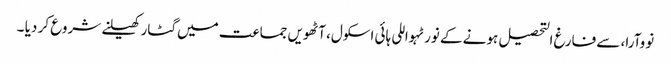
نووآرا، سے فارغ التحصیل ہونے کے نورٹہواللی ہائی اسکول، آٹھویں جماعت میں گٹار کھیلنے شروع کر دیا ۔